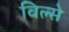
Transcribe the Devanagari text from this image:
विल्से